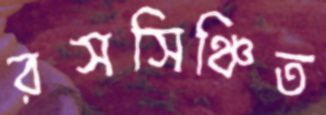
রসসিঞ্চিত